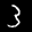
Label: 3